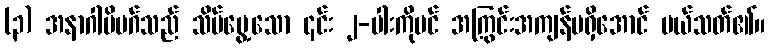
(၃) အနာဂါမိမဂ်သည် သိမ်မွေ့သော ၎င်း ၂-ပါးကိုပင် အကြွင်းအကျန်မရှိအောင် ပယ်သတ်၏။